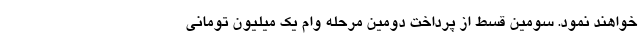
خواهند نمود. سومین قسط از پرداخت دومین مرحله وام یک میلیون تومانی